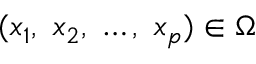
( x _ { 1 } , \ x _ { 2 } , \ \ldots , \ x _ { p } ) \in \Omega